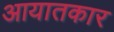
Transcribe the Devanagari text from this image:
आयातकार